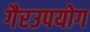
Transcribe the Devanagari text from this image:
गैरउपयोग